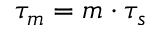
\tau _ { m } = m \cdot \tau _ { s }